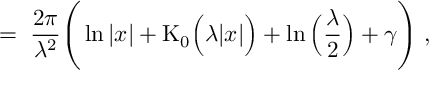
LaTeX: = \; \frac { 2 \pi } { \lambda ^ { 2 } } \Bigg ( \ln | x | + \mathrm { K } _ { 0 } \Big ( \lambda | x | \Big ) + \ln \Big ( \frac { \lambda } { 2 } \Big ) + \gamma \Bigg ) \; ,